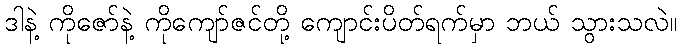
ဒါနဲ့ ကိုဇော်နဲ့ ကိုကျော်ဇင်တို့ ကျောင်းပိတ်ရက်မှာ ဘယ် သွားသလဲ။